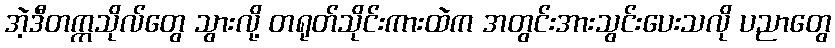
အဲ့ဒီတက္ကသိုလ်တွေ သွားလို့ တရုတ်သိုင်းကားထဲက အတွင်းအားသွင်းပေးသလို ပညာတွေ